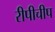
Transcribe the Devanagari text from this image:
रीपीचीप